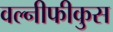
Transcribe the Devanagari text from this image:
वल्नीफीकुस